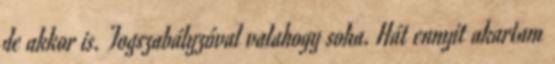
de akkor is. Fogszabályzóval valahogy soha. Hát ennyit akartam